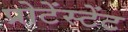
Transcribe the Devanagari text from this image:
प्रोटेंस्टेंट